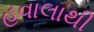
હવાલાથી